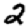
Digit: 2